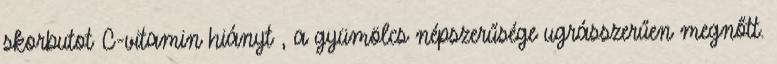
skorbutot C-vitamin hiányt , a gyümölcs népszerűsége ugrásszerűen megnőtt.